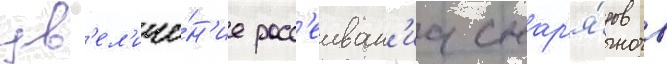
ув'ел'иче́н'ие расс'еиван'иа снар'я́дов в